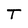
Character: T